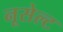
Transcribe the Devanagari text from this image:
नूसेल्ट